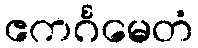
ဧကင်္ဂမေတံ